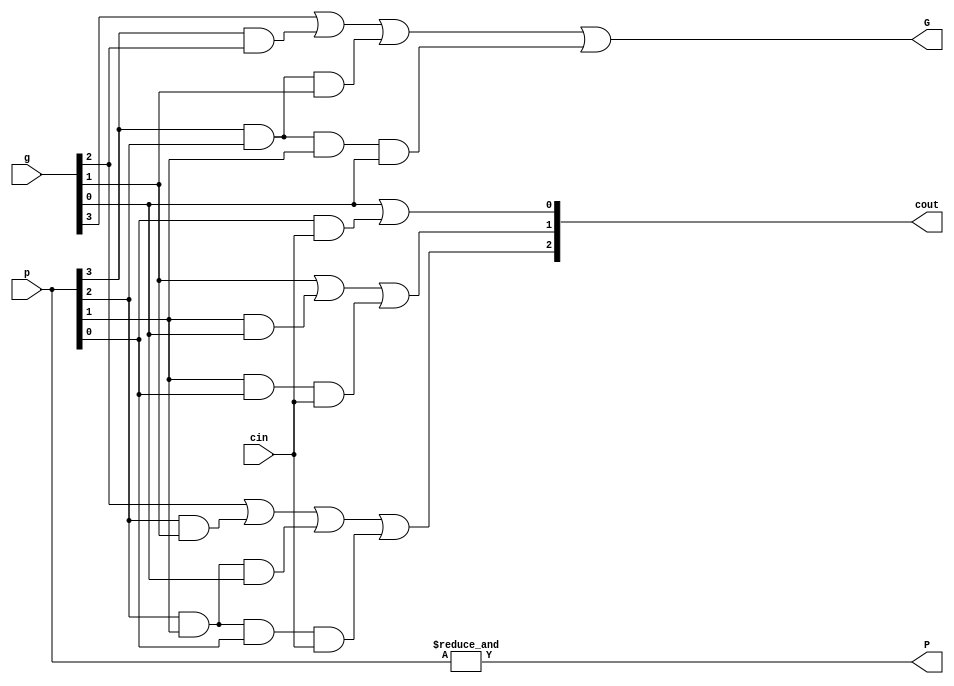
module adder4
(
input    wire          cin ,//
input    wire [3:0]    p   ,//p=a|b ab
input    wire [3:0]    g   ,//g=a&b ab
output   wire          G   ,//
output   wire          P   ,//
output   wire [2:0]    cout //
);

assign P=&p; //  p
assign G=g[3]|(p[3]&g[2])|(p[3]&p[2]&g[1])|(p[3]&p[2]&p[1]&g[0]); //  G 
assign cout[0]=g[0]|(p[0]&cin); //  0 
assign cout[1]=g[1]|(p[1]&g[0])|(p[1]&p[0]&cin); //  1 
assign cout[2]=g[2]|(p[2]&g[1])|(p[2]&p[1]&g[0])|(p[2]&p[1]&p[0]&cin); //  2 
endmodule